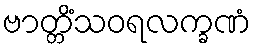
ဗာတ္တိံသဝရလက္ခဏံ